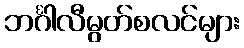
ဘင်္ဂါလီမွတ်စလင်များ